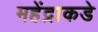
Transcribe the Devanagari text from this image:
महेंद्राकडे